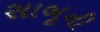
સાબૂની